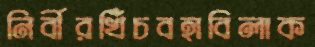
নির্বীরখিঁচবহাবিলাক